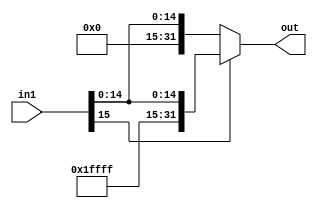
module SignExtended_16_32 (
    input wire [15:0] in1,
    output wire [31:0] out
);

    assign out = (in1[15])? {{16{1'b1}}, in1}: {{16{1'b0}}, in1};

endmodule